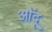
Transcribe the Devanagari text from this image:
औंदू